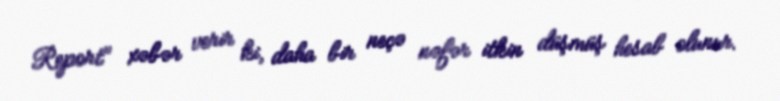
Report" xəbər verir ki, daha bir neçə nəfər itkin düşmüş hesab olunur.